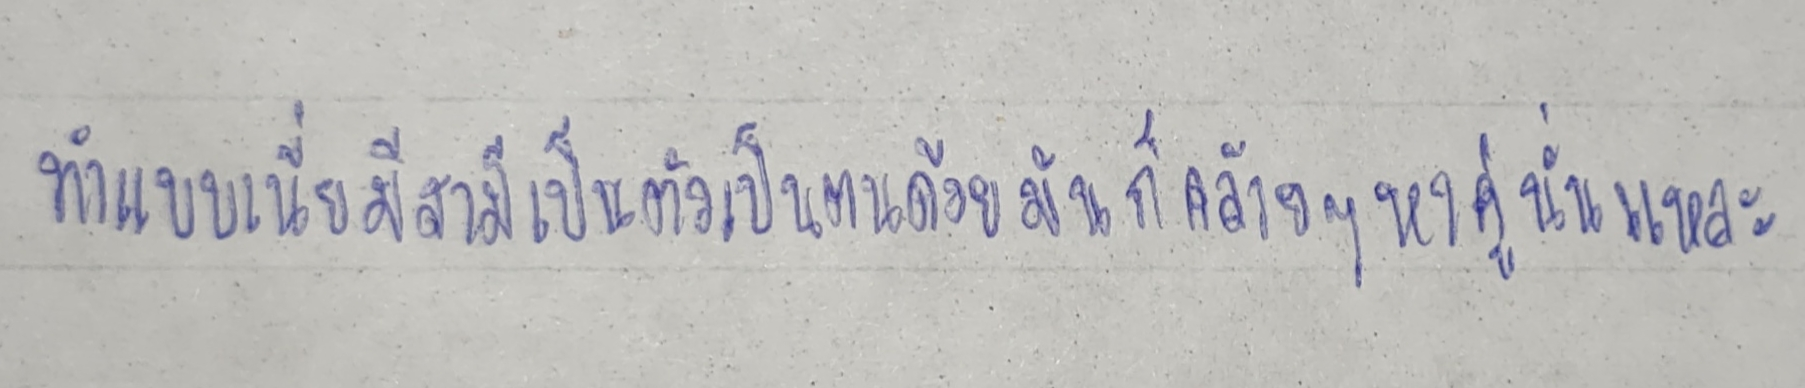
ทำแบบเนี่ยมีสามีเป็นตัวเป็นตนด้วยมันก็คล้ายๆหาคู่นั่นแหละ